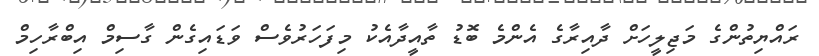
ރައްޔިތުންގެ މަޖިލީހަށް ދާއިރާގެ އެންމެ ބޮޑު ތާއީދާއެކު މިފަހަރުވެސް ވަޑައިގެން ގާސިމް އިބްރާހިމް